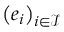
\left( \boldsymbol { e } _ { i } \right) _ { i \in \mathcal { I } }